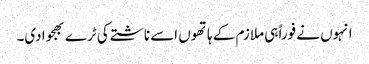
انہوں نے فوراً ہی ملازم کے ہاتھوں اسے ناشتے کی ٹرے بھجوادی۔